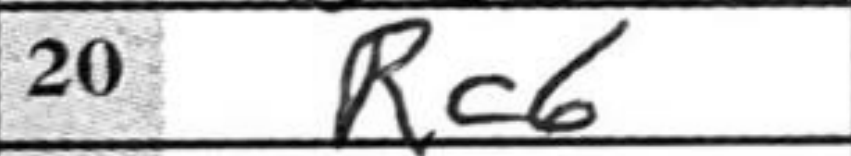
Transcription: Rc6